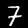
Label: 7